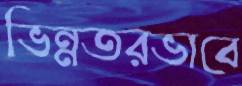
ভিন্নতরভাবে